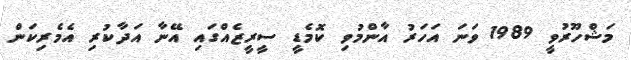
މަޝްހޫރުވީ 1989 ވަނަ އަހަރު އާންމުވި ކޮމެޑީ ސީރީޒެއްގައި އޭނާ އަދާކުރި އެމެރިކަން